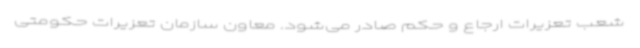
شعب تعزیرات ارجاع و حکم صادر می‌شود. معاون سازمان تعزیرات حکومتی